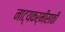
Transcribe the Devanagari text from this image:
नाट्यकर्मींसाठी